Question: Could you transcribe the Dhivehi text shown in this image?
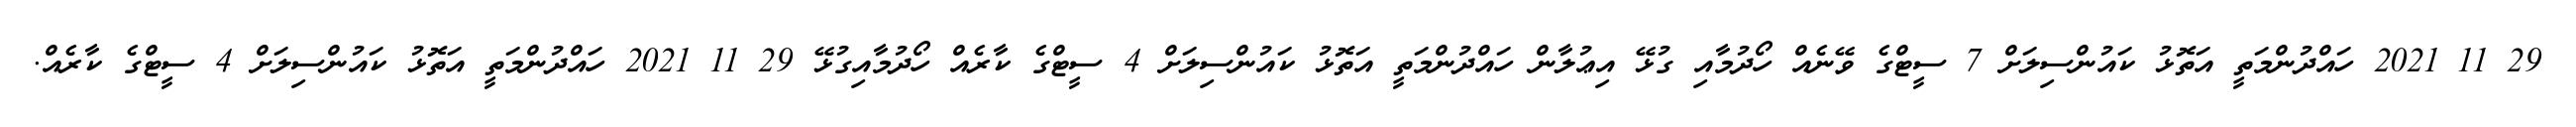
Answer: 29 11 2021 ހައްދުންމަތީ އަތޮޅު ކައުންސިލަށް 7 ސީޓްގެ ވޭނެއް ހޯދުމާއި ގުޅޭ އިޢުލާން ހައްދުންމަތީ އަތޮޅު ކައުންސިލަށް 4 ސީޓްގެ ކާރެއް ހޯދުމާއިގުޅޭ 29 11 2021 ހައްދުންމަތީ އަތޮޅު ކައުންސިލަށް 4 ސީޓްގެ ކާރެއް.